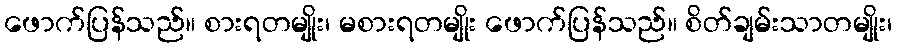
ဖောက်ပြန်သည်။ စားရတမျိုး၊ မစားရတမျိုး ဖောက်ပြန်သည်။ စိတ်ချမ်းသာတမျိုး၊